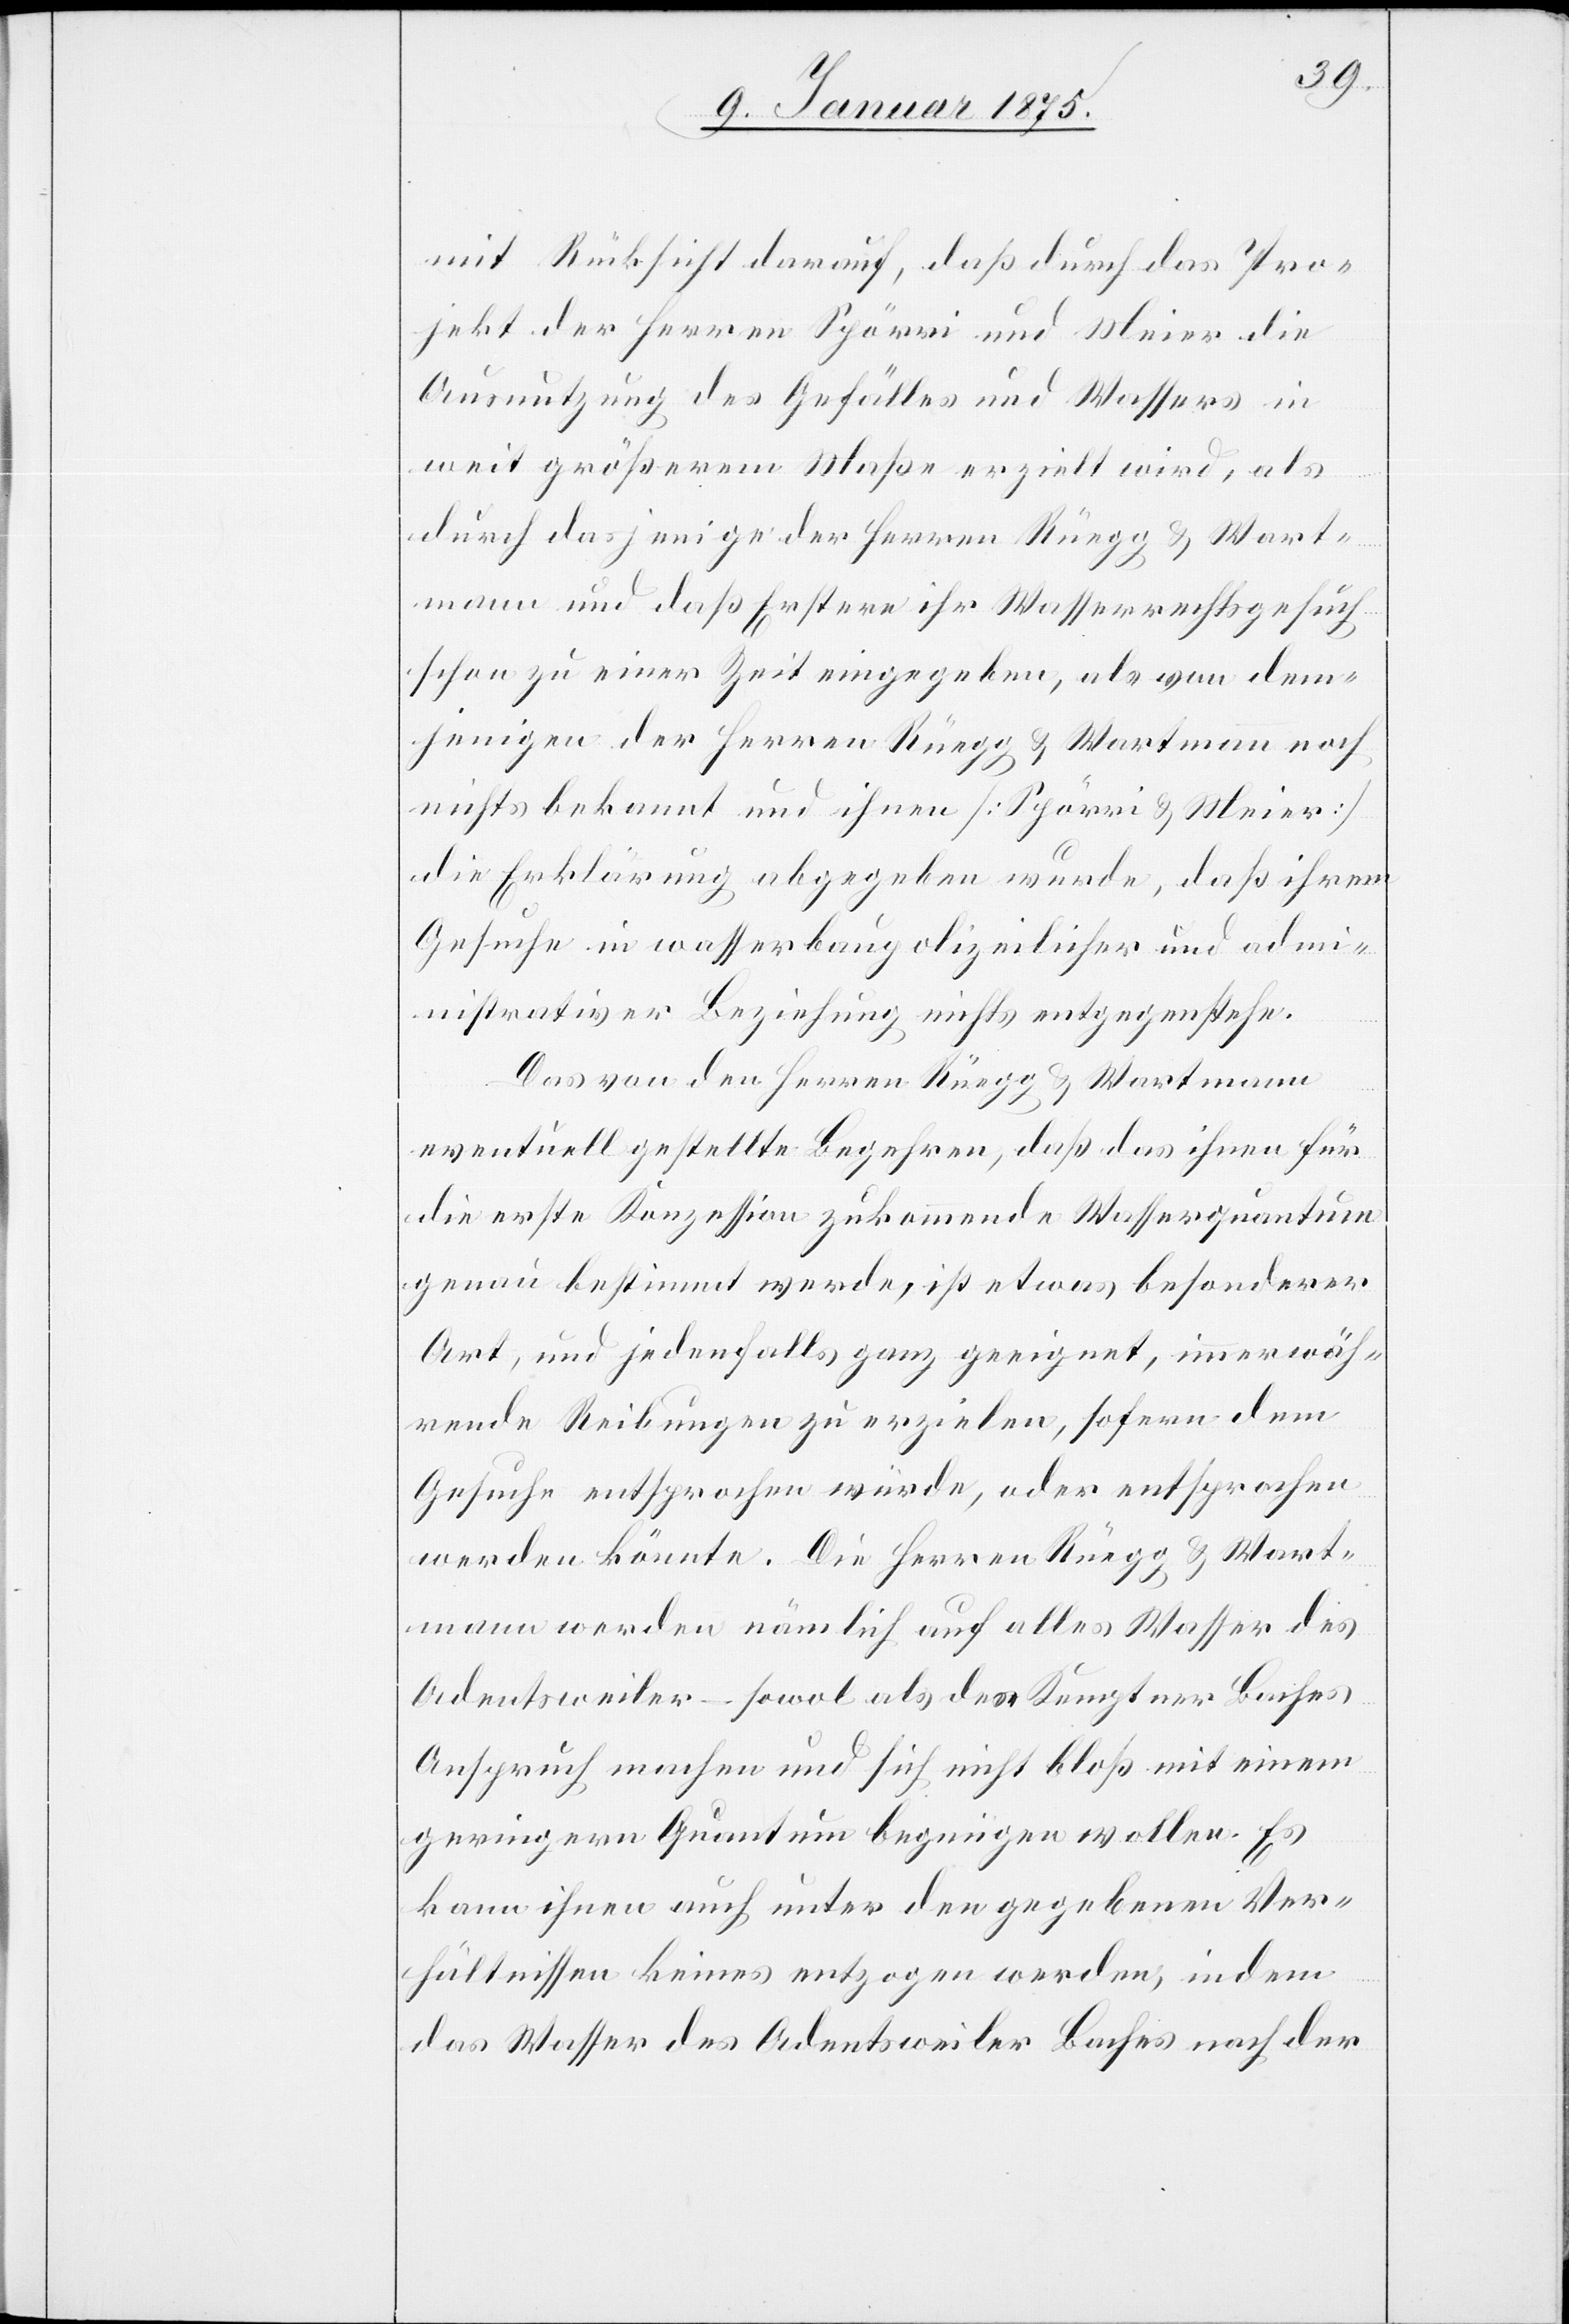
mit Rücksicht darauf, daß durch das Pro¬
jekt der Herren Spörri und Meier die
Ausnutzung des Gefälles und Wassers in
weit größerem Maße erzielt wird, als
durch dasjenige der Herren Rüegg & Wart¬
mann und daß Erstere ihr Wasserrechtsgesuch
schon zu einer Zeit eingegeben, als von dem¬
jenigen der Herren Rüegg & Wartmann noch
nichts bekannt und ihnen (Spörri & Meier)
die Erklärung abgegeben wurde, daß ihrem
Gesuche in wasserbaupolizeilicher und adm¬
inistrativer Beziehung nichts entgegenstehe.
Das von den Herren Rüegg & Wartmann
eventuell gestellte Begehren, daß das ihnen für
die erste Konzession zukommende Wasserquantum
genau bestimmt werde, ist etwas besonderer
Art, und jedenfalls ganz geeignet, immerwäh¬
rende Reibungen zu erzielen, sofern dem
Gesuche entsprochen würde, oder entsprochen
werde könnte. Die Herren Rüegg & Wart¬
mann werden nämlich auf alles Wasser des
Adentsweiler – sowol als des Kemptner Baches
Anspruch machen und sich nicht bloß mit einem
geringern Quantum begnügen wollen. Es
kann ihnen auch unter den gegebenen Ver¬
hältnissen keines entzogen werden, indem
das Wasser des Adentsweiler Baches nach der